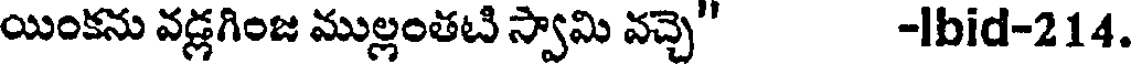
యింకను వడ్లగింజ ముల్లంతటి స్వామి వచ్చె" -lbid-214.